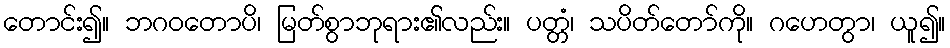
တောင်း၍။ ဘဂဝတောပိ၊ မြတ်စွာဘုရား၏လည်း။ ပတ္တံ၊ သပိတ်တော်ကို။ ဂဟေတွာ၊ ယူ၍။